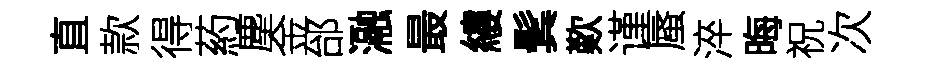
直款得葯塵金邰瀜最縷鬂歎谨蜃淬晦祝次